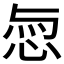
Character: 𢚎